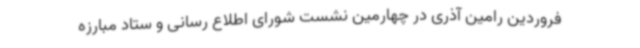
فروردین رامین آذری در چهارمین نشست شورای اطلاع رسانی و ستاد مبارزه